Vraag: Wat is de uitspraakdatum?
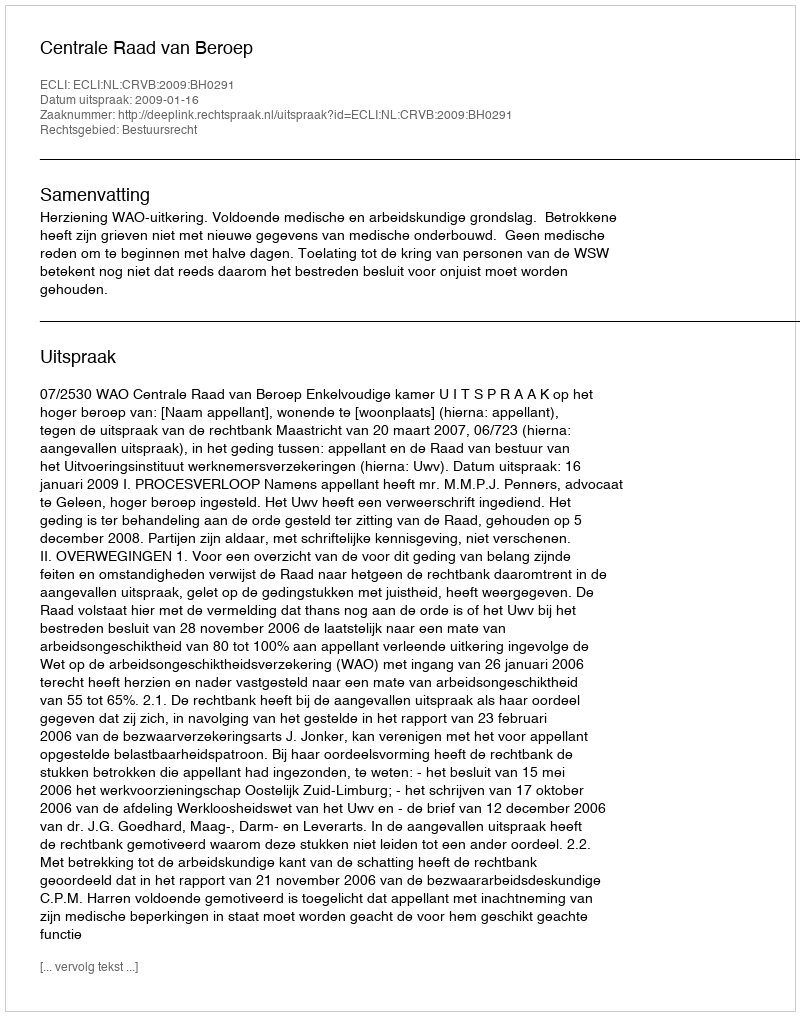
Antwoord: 2009-01-16